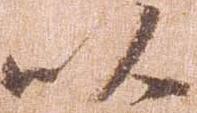
以